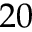
2 0